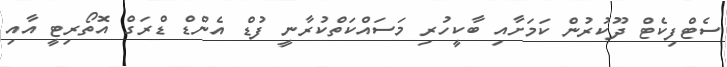
ސެޓްފިކެޓް ދޫކުރުން ކަމަށާއި ބާކީހުރި މަސައްކަތްކުރާނީ ފުޑް އެންޑް ޑްރަގް އޮތޯރިޓީ އާއި